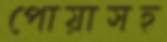
পোয়াসহ